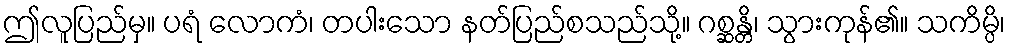
ဤလူပြည်မှ။ ပရံ လောကံ၊ တပါးသော နတ်ပြည်စသည်သို့။ ဂစ္ဆန္တိ၊ သွားကုန်၏။ သကိမ္ပိ၊